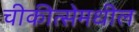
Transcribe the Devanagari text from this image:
चीकीत्सेमधील